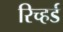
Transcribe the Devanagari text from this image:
रिच्हर्ड